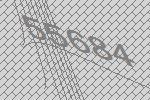
55684